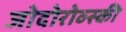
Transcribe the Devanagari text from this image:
जोदोरोव्स्की